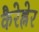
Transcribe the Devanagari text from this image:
कैरेह्नेर